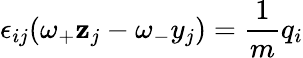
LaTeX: \epsilon_{ij}(\omega_{+}\mathbf{z}_{j}-\omega_{-}y_{j})=\frac{{1}}{{m}}q_{i}